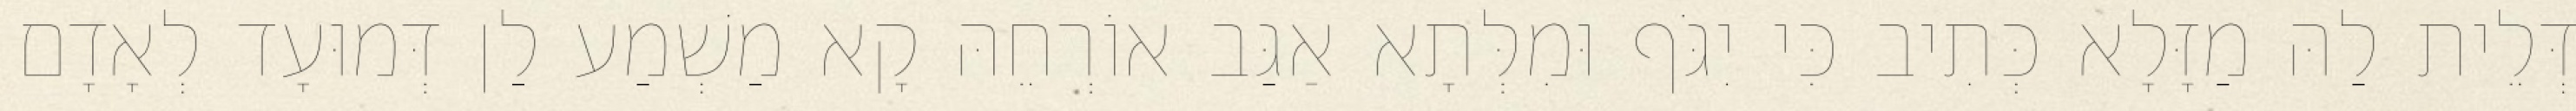
דְּלֵית לַהּ מַזָּלָא כְּתִיב כִּי יִגֹּף וּמִלְּתָא אַגַּב אוֹרְחֵהּ קָא מַשְׁמַע לַן דְּמוּעָד לְאָדָם